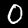
Digit: 0